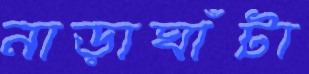
নাড়াঘাঁটা